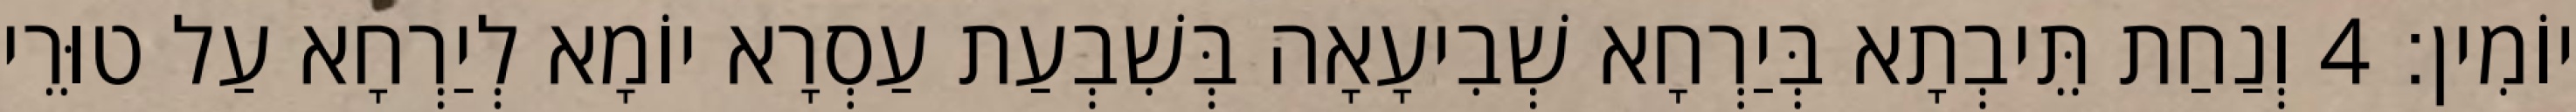
יוֹמִין׃ 4 וְנַחַת תֵּיבְתָא בְּיַרְחָא שְׁבִיעָאָה בְּשִׁבְעַת עַסְרָא יוֹמָא לְיַרְחָא עַל טוּרֵי